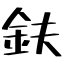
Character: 鈇